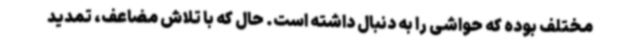
مختلف بوده که حواشی را به دنبال داشته است. حال که با تلاش مضاعف، تمدید